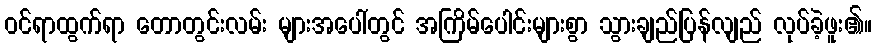
ဝင်ရာထွက်ရာ တောတွင်းလမ်း များအပေါ်တွင် အကြိမ်ပေါင်းများစွာ သွားချည်ပြန်လျည် လုပ်ခဲ့ဖူး၏။